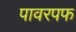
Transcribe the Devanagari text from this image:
पावरपफ